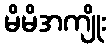
မိမိအကျိုး